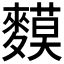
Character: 𪍤